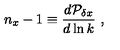
n _ { x } - 1 \equiv { \frac { d { \cal P } _ { \delta x } } { d \ln k } } \ ,